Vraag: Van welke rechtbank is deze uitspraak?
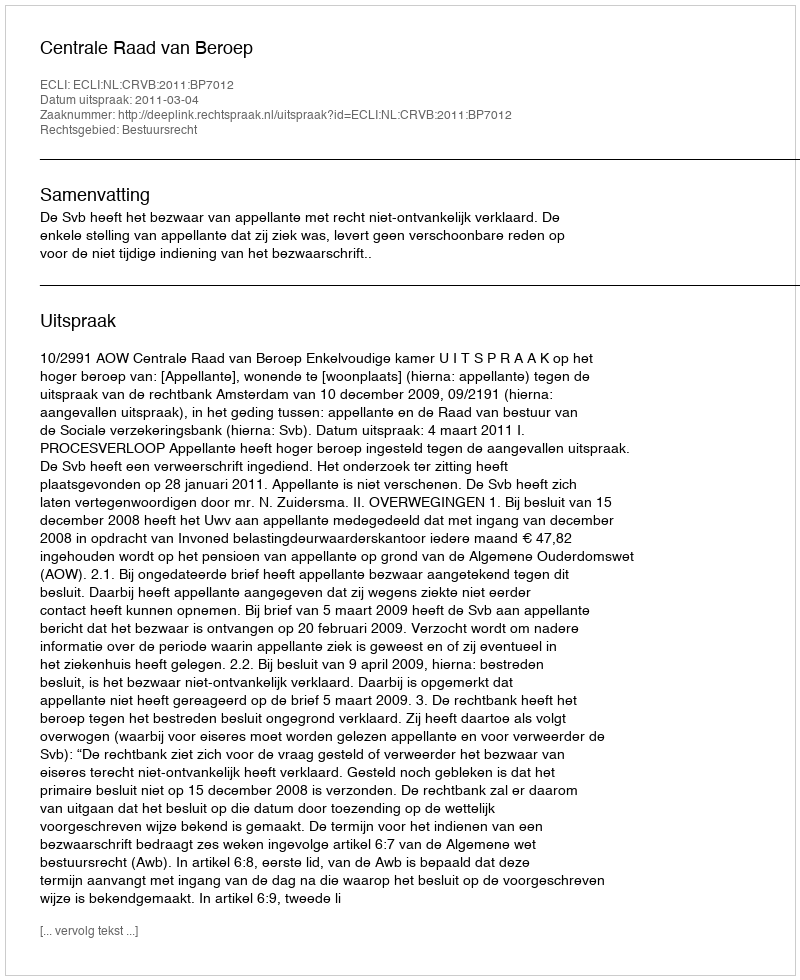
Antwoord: Centrale Raad van Beroep